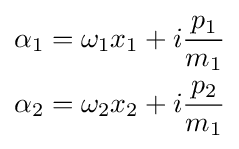
{\begin{aligned}\alpha _{1}&=\omega _{1}x_{1}+i{\frac {p_{1}}{m_{1}}}\\\alpha _{2}&=\omega _{2}x_{2}+i{\frac {p_{2}}{m_{1}}}\end{aligned}}